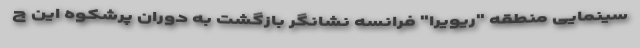
سینمایی منطقه "ریویرا" فرانسه نشانگر بازگشت به دوران پرشکوه این ج